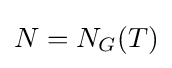
N=N_{G}(T)